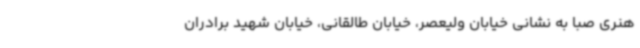
هنری صبا به نشانی خیابان ولیعصر، خیابان طالقانی، خیابان شهید برادران